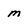
Character: m